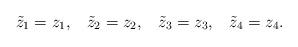
LaTeX: \begin{align*}{\tilde z}_1=z_1,\;\;\;{\tilde z}_2=z_2,\;\;\;{\tilde z}_3=z_3,\;\;\;{\tilde z}_4=z_4.\end{align*}